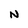
Character: N